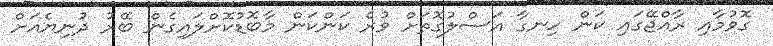
ގޮވުމާއި ރާއްޖޭގައި ކަން ހިނގާ އަސްލުގޮތަށް ވުރެ ކަންކަން މާބޮޑުކޮށްލައިގެން ބޭރު ދުނިޔެއަށް